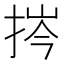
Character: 𢭞